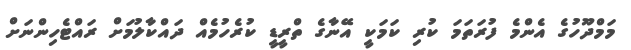
މަމްދޫހުގެ އެންމެ ފުރަތަމަ ކުރި ކަމަކީ އޭނާގެ ތްރީޑީ ކުރެހުމެއް ދައްކާލުމަށް ރައްޓެހިންނަށް